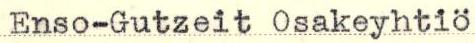
Enso-Gutzeit Osakeyhtiö